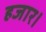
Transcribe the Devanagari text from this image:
हजार।